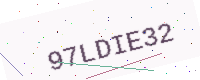
Text: 97LDIE32